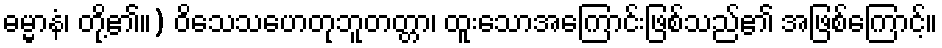
ဓမ္မာနံ၊ တို့၏။) ဝိသေသဟေတုဘူတတ္တာ၊ ထူးသောအကြောင်းဖြစ်သည်၏ အဖြစ်ကြောင့်။